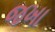
જખા